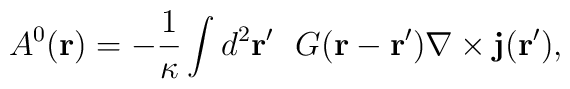
A^0({\bf r})=-\frac{1}{\kappa}\int d^2{\bf{r'}}~~G({\bf r-r'}){\bf \nabla} \times {\bf{j}}({\bf{r'}}),